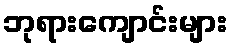
ဘုရားကျောင်းများ